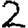
Digit: 2